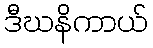
ဒီဃနိကာယ်